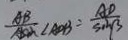
\frac { A B } { A \sin } \angle A D B = \frac { A D } { \sin \beta }